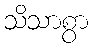
သိသာစွာ